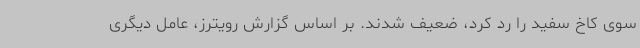
سوی کاخ سفید را رد کرد، ضعیف شدند. بر اساس گزارش رویترز، عامل دیگری